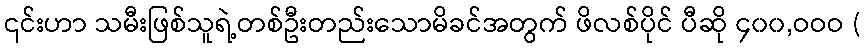
၎င်းဟာ သမီးဖြစ်သူရဲ့တစ်ဦးတည်းသောမိခင်အတွက် ဖိလစ်ပိုင် ပီဆို ၄၀၀,ဝဝဝ (